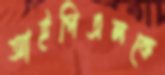
আইপিএলকে